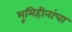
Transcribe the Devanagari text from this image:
भूमिहीनांचा